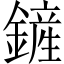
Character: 鏟